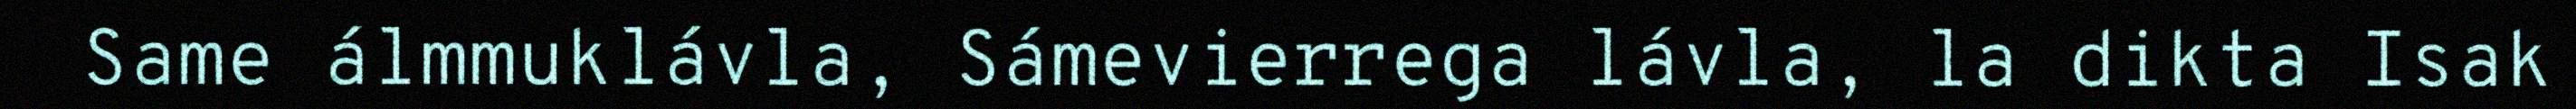
Same álmmuklávla, Sámevierrega lávla, la dikta Isak